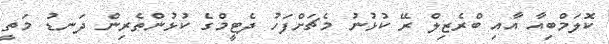
ކޮލަމްބިއާ އާއި ބްރެޒިލް ރޭ ކުޅުނު މެޗަށްފަހު ދެޓީމްގެ ކުޅުންތެރިން ދަނޑު މަތީ